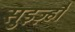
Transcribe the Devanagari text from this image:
सुइज़्हौ